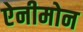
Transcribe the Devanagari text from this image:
ऐनीमोन